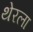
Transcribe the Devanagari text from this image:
थेरला